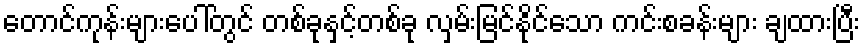
တောင်ကုန်းများပေါ်တွင် တစ်ခုနှင့်တစ်ခု လှမ်းမြင်နိုင်သော ကင်းစခန်းများ ချထားပြီး